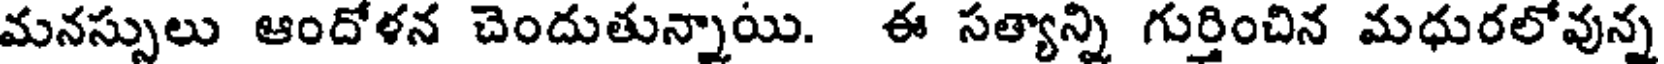
మనస్సులు ఆందోళన చెందుతున్నాయి. ఈ సత్యాన్ని గుర్తించిన మధురలోవున్న